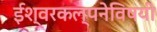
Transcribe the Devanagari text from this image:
ईश्वरकल्पनेविषयी